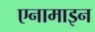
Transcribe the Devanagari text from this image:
एनामाइन